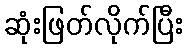
ဆုံးဖြတ်လိုက်ပြီး